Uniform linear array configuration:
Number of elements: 24
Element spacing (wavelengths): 1
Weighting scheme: exponential
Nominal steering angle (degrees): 60
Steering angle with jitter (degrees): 58.507
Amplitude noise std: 0.05
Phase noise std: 0.05

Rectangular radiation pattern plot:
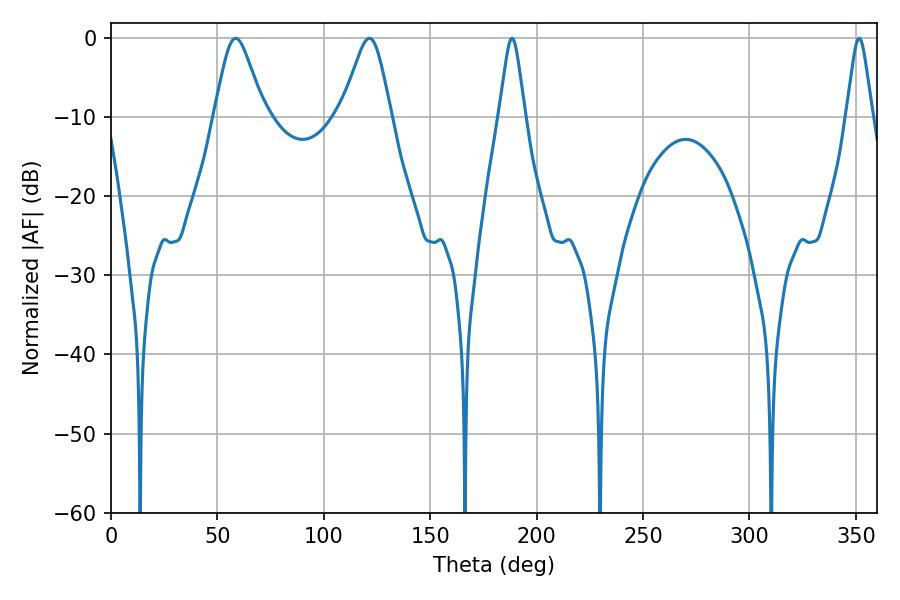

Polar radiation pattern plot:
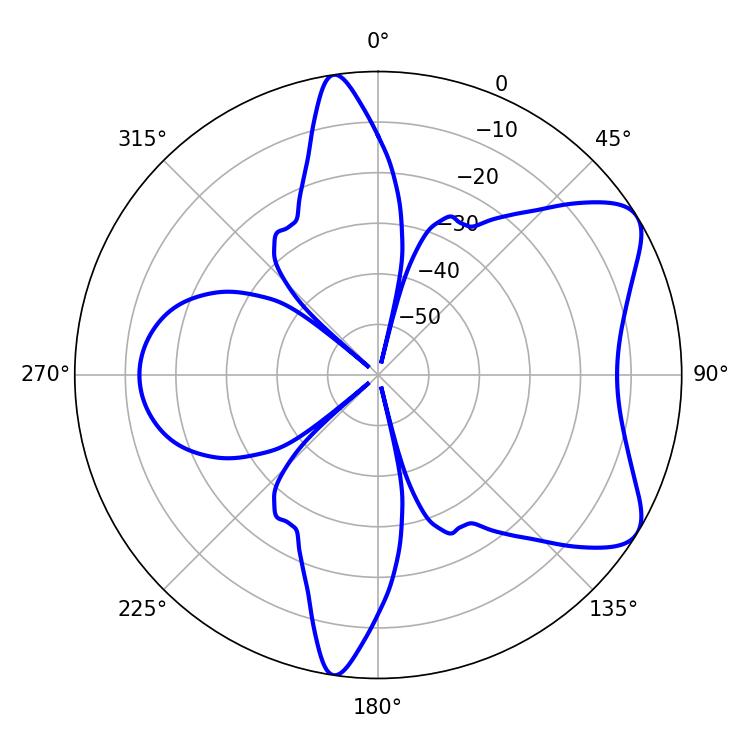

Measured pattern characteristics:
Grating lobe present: TRUE
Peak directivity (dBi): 7.263
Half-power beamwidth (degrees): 5.76
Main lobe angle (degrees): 188.46